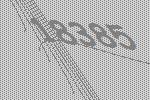
18385